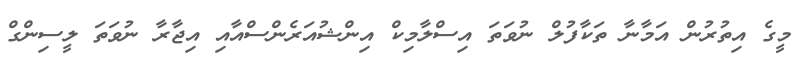
މީގެ އިތުރުން އަމާނާ ތަކާފުލް ނުވަތަ އިސްލާމިކް އިންޝުއަރެންސްއާއި އިޖާރާ ނުވަތަ ލީސިންގް